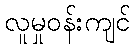
လူမှုဝန်းကျင်